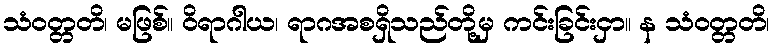
သံဝတ္တတိ၊ မဖြစ်။ ဝိရာဂါယ၊ ရာဂအစရှိသည်တို့မှ ကင်းခြင်းငှာ။ န သံဝတ္တတိ၊